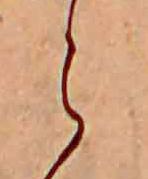
ら